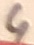
Text: 4